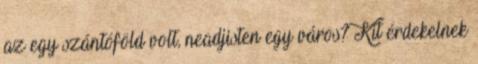
az egy szántóföld volt, neadjisten egy város? Kit érdekelnek